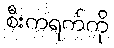
စီးကရက်ကို